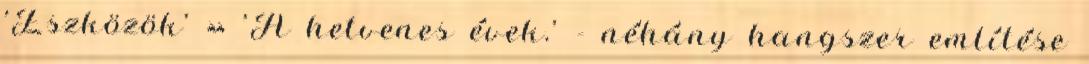
'Eszközök' » 'A hetvenes évek.' - néhány hangszer említése